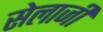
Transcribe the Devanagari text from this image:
सेलाजी